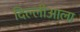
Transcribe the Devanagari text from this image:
दिल्लीआला